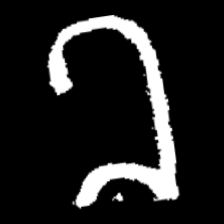
Pyu character \u2014 Myanmar letter: ခ (romanized: kha)